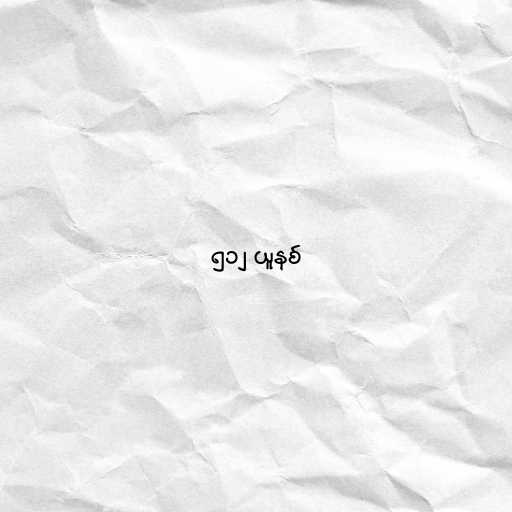
၅၁၂ ယူနစ်